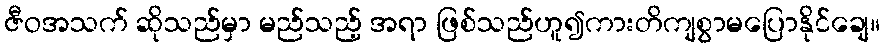
ဇီဝအသက် ဆိုသည်မှာ မည်သည့် အရာ ဖြစ်သည်ဟူ၍ကားတိကျစွာမပြောနိုင်ချေ။